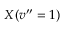
X ( v ^ { \prime \prime } = 1 )